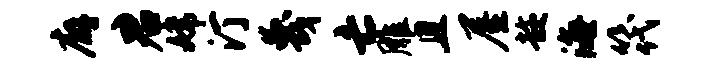
廨君嫦汀蔑亡雕且屋趁海筏